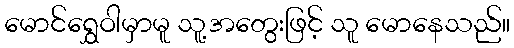
မောင်ရွှေဝါမှာမူ သူ့အတွေးဖြင့် သူ မောနေသည်။